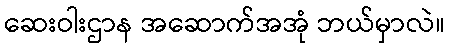
ဆေးဝါးဌာန အဆောက်အအုံ ဘယ်မှာလဲ။